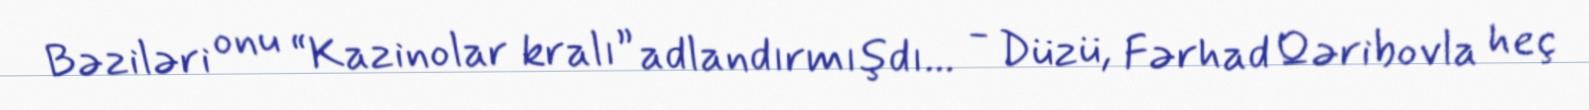
Bəziləri onu “Kazinolar kralı” adlandırmışdı... - Düzü, Fərhad Qəribovla heç